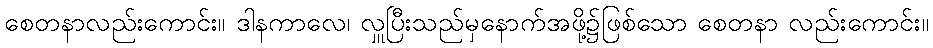
စေတနာလည်းကောင်း။ ဒါနကာလေ၊ လှူပြီးသည်မှနောက်အဖို့၌ဖြစ်သော စေတနာ လည်းကောင်း။